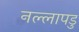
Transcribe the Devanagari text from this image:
नल्‍लापडु